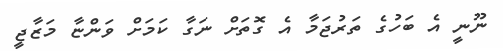
ނޫނީ އެ ބަހުގެ ތަރުޖަމާ އެ ގޮތަށް ނަގާ ކަމަށް ވަންޏާ މަޒާޖީ